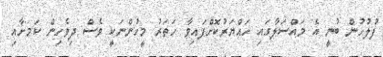
ފުލުހުން ބުނީ އެ މައްސަލާގައި ހައްޔަރުކޮށްފައިވާ ހަތަރު މީހުންނަކީ ވެސް ދިވެހިން ކަމށާއި